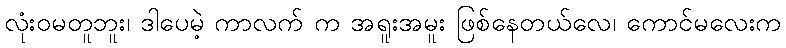
လုံးဝမတူဘူး၊ ဒါပေမဲ့ ကာလက် က အရူးအမူး ဖြစ်နေတယ်လေ၊ ကောင်မလေးက